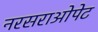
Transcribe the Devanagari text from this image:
नरसराओपेट